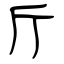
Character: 斤